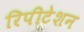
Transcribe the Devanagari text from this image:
रिपीटेशन